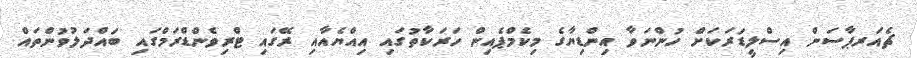
ޗެއަރޕާސަން އިސްލީޑަރަކަށް ހުންނަވާ އިންޑިޔާގެ މިކެމްޕެއިން ހަރަކާތުގައި އިއްޔެއާއި ރޭގައި ޓްރިވެންޑްރަމްގައި ބައްދަލުވުންތައް